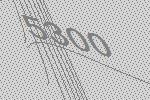
5300